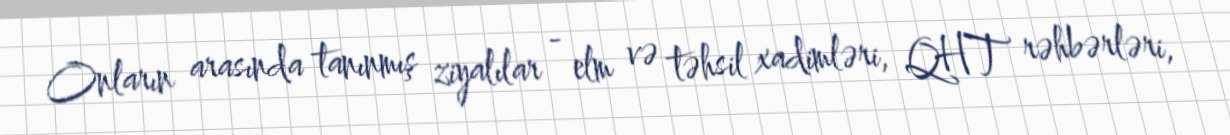
Onların arasında tanınmış ziyalılar - elm və təhsil xadimləri, QHT rəhbərləri,